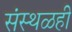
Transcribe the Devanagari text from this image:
संस्थळही